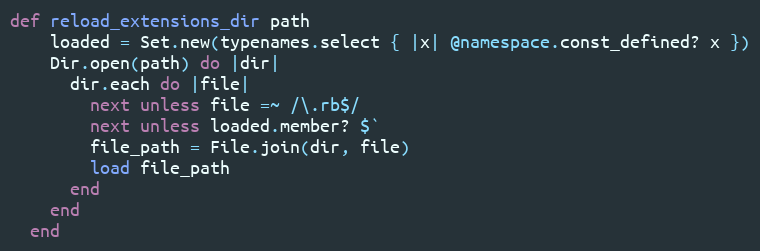
Language: Ruby
def reload_extensions_dir path
    loaded = Set.new(typenames.select { |x| @namespace.const_defined? x })
    Dir.open(path) do |dir|
      dir.each do |file|
        next unless file =~ /\.rb$/
        next unless loaded.member? $`
        file_path = File.join(dir, file)
        load file_path
      end
    end
  end